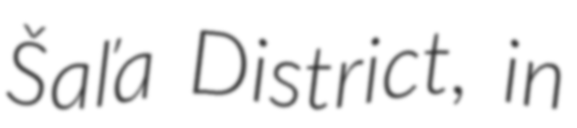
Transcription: Šaľa District, in